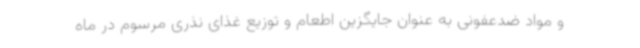
و مواد ضدعفونی به عنوان جایگزین اطعام و توزیع غذای نذری مرسوم در ماه